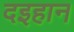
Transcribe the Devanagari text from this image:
दइहान